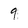
Character: 9